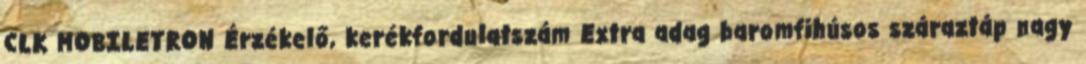
CLK MOBILETRON Érzékelő, kerékfordulatszám Extra adag baromfihúsos száraztáp nagy